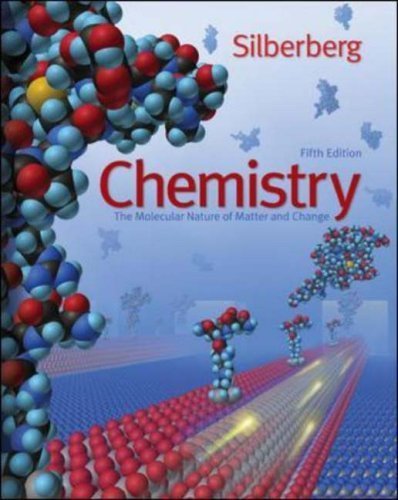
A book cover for By Martin Silberberg: Chemistry: The Molecular Nature of Matter and Change Fifth (5th) Edition; -Author-; Science & Math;